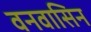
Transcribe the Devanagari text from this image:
वनवासिन